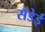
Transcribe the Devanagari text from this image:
सैंडेई